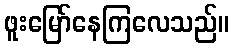
ဖူးမြော်နေကြလေသည်။